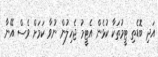
އަދި ބޮޑެތި ޓީމުތަކާ ކުޅެން އެޓީމު ޖެހިލުން ނުވާ ކަމަށް ވެސް އޭނާ